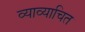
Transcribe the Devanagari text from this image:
व्याव्याचित